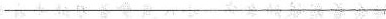
___